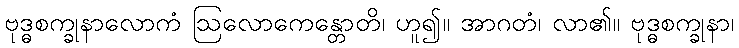
ဗုဒ္ဓစက္ခုနာလောကံ ဩလောကေန္တောတိ၊ ဟူ၍။ အာဂတံ၊ လာ၏။ ဗုဒ္ဓစက္ခုနာ၊